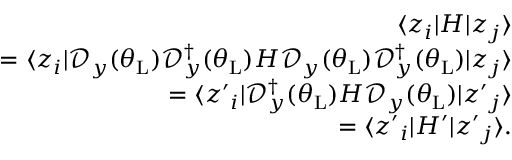
\begin{array} { r l r } & { } & { \langle z _ { i } | H | z _ { j } \rangle } \\ & { } & { = \langle z _ { i } | \mathcal { D } _ { y } ( \theta _ { \mathrm { L } } ) \mathcal { D } _ { y } ^ { \dagger } ( \theta _ { \mathrm { L } } ) H \mathcal { D } _ { y } ( \theta _ { \mathrm { L } } ) \mathcal { D } _ { y } ^ { \dagger } ( \theta _ { \mathrm { L } } ) | z _ { j } \rangle } \\ & { } & { = \langle z { ' } _ { i } | \mathcal { D } _ { y } ^ { \dagger } ( \theta _ { \mathrm { L } } ) H \mathcal { D } _ { y } ( \theta _ { \mathrm { L } } ) | z { ' } _ { j } \rangle } \\ & { } & { = \langle z { ' } _ { i } | H ^ { \prime } | z { ' } _ { j } \rangle . } \end{array}